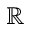
\mathbb { R }